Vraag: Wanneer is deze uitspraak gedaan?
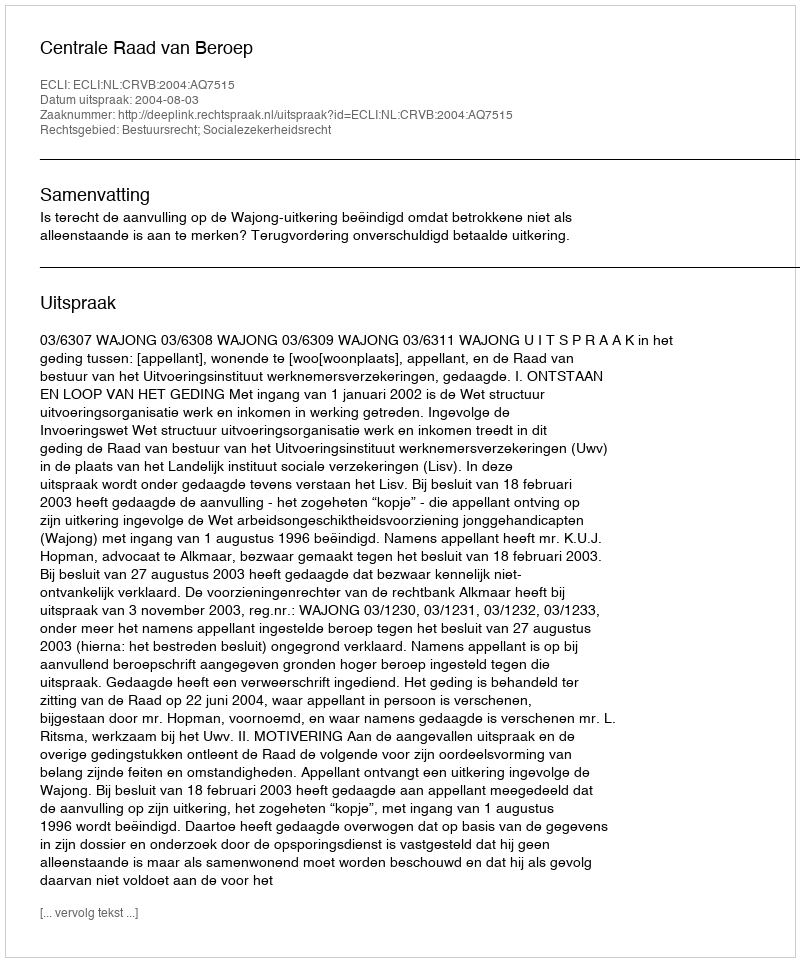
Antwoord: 2004-08-03